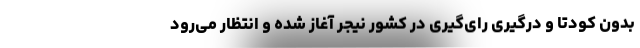
بدون کودتا و درگیری رای‌گیری در کشور نیجر آغاز شده و انتظار می‌رود